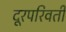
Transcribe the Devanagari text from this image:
दूरपरिवर्ती